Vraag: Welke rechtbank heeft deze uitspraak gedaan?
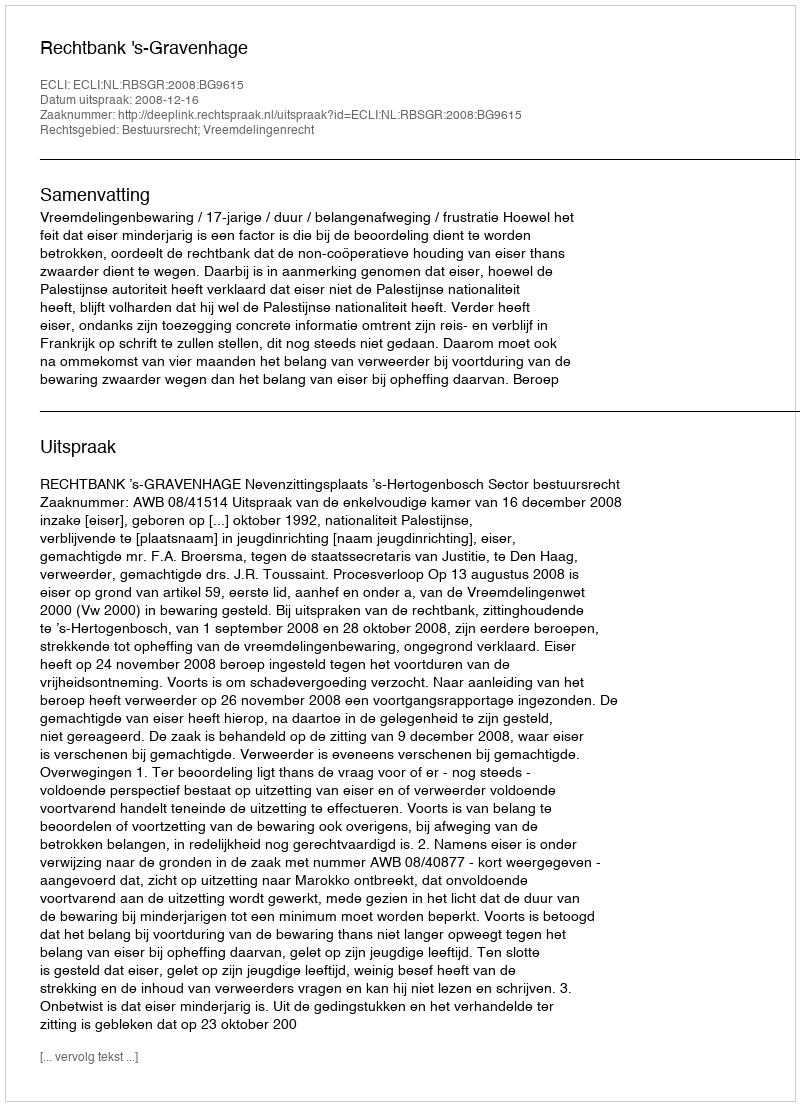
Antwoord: Rechtbank 's-Gravenhage